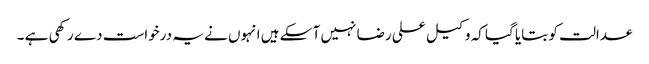
عدالت کو بتایا گیا کہ وکیل علی رضا نہیں آ سکے ہیں انہوں نے یہ درخواست دے رکھی ہے ۔